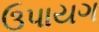
ઉપાયગ